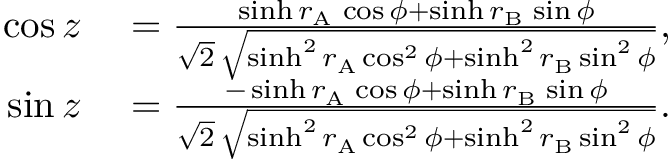
\begin{array} { r l } { \cos z } & { { } = \frac { \sinh r _ { \mathrm { \scriptscriptstyle A } } \, \cos \phi + \sinh r _ { \mathrm { \scriptscriptstyle B } } \, \sin \phi } { \sqrt 2 \, \sqrt { \sinh ^ { 2 } r _ { \mathrm { \scriptscriptstyle A } } \cos ^ { 2 } \phi + \sinh ^ { 2 } r _ { \mathrm { \scriptscriptstyle B } } \sin ^ { 2 } \phi } } , } \\ { \sin z } & { { } = \frac { - \sinh r _ { \mathrm { \scriptscriptstyle A } } \, \cos \phi + \sinh r _ { \mathrm { \scriptscriptstyle B } } \, \sin \phi } { \sqrt 2 \, \sqrt { \sinh ^ { 2 } r _ { \mathrm { \scriptscriptstyle A } } \cos ^ { 2 } \phi + \sinh ^ { 2 } r _ { \mathrm { \scriptscriptstyle B } } \sin ^ { 2 } \phi } } . } \end{array}